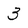
Character: 3